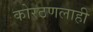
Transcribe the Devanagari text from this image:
कोरठणलाही